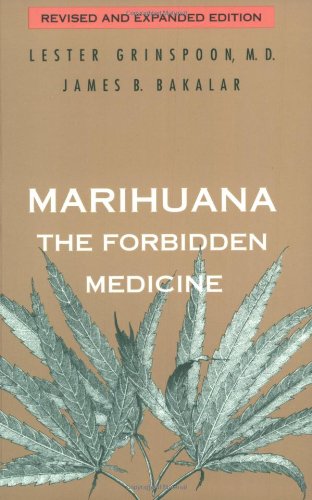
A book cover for Marihuana: The Forbidden Medicine; Lester Grinspoon; Medical Books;